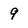
Character: 9